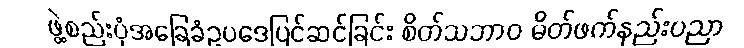
ဖွဲ့စည်းပုံအခြေခံဥပဒေပြင်ဆင်ခြင်း စိတ်သဘာဝ မိတ်ဖက်နည်းပညာ